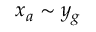
x _ { a } \sim y _ { g }